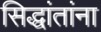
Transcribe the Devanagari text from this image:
सिद्धांतांना